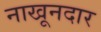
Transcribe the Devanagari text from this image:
नाखूनदार